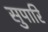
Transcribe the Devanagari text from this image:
सुपारि